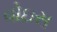
વોઇસ